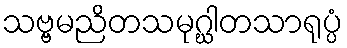
သဗ္ဗမညိတသမုဂ္ဃါတသာရုပ္ပံ